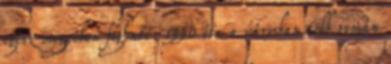
egész megyében fogható. 1990 óta a városban több román